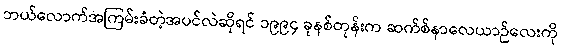
ဘယ်လောက်အကြမ်းခံတဲ့အပင်လဲဆိုရင် ၁၉၉၄ ခုနစ်တုန်းက ဆက်စ်နာလေယာဉ်လေးကို